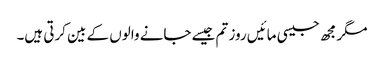
مگر مجھ جیسی مائیں روز تم جیسے جانے والوں کے بین کرتی ہیں۔